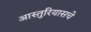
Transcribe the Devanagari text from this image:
आस्तुरियासचे